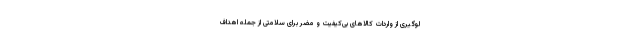
لوگیری از واردات کالاهای بی‌کیفیت و مضر برای سلامتی از جمله اهداف